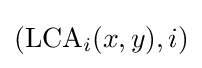
(\mathrm {LCA} _{i}(x,y),i)